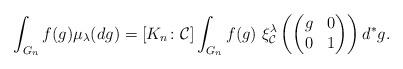
LaTeX: \begin{align*}\int_{G_{n}}{f(g)\mu_{\lambda}(dg)}=[K_{n}\colon \mathcal{C}] \int_{G_{n}}{f(g)\ \xi^{\lambda}_{\mathcal{C}}\left(\begin{pmatrix}g&0\\0&1 \end{pmatrix}\right)d^{\ast}g}.\end{align*}